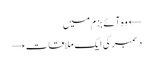
← وہ آئے بزم میں
دسمبر کی ایک ملاقات →